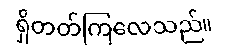
ရှိတတ်ကြလေသည်။